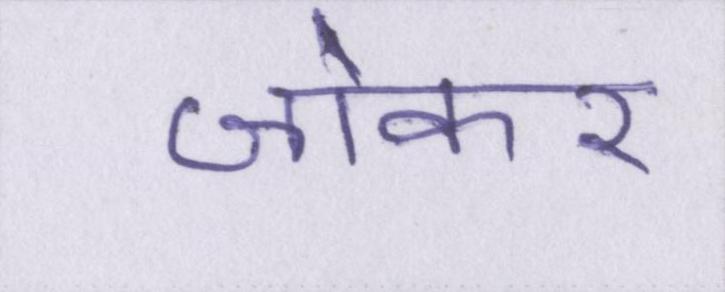
जोकर